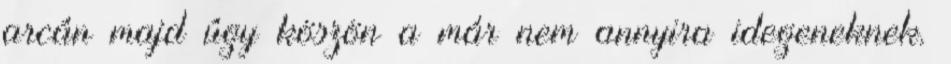
arcán majd úgy köszön a már nem annyira idegeneknek.